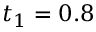
t _ { 1 } = 0 . 8